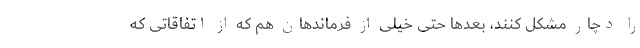
را دچار مشکل کنند، بعدها حتی خیلی از فرماندهان هم که از اتفاقاتی که